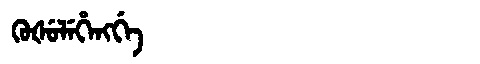
Manchu: ᡴᡠᡧᡠᠯᡝᡥᡝᠩᡤᡝ
Romanization: KUŠULEHENGGE